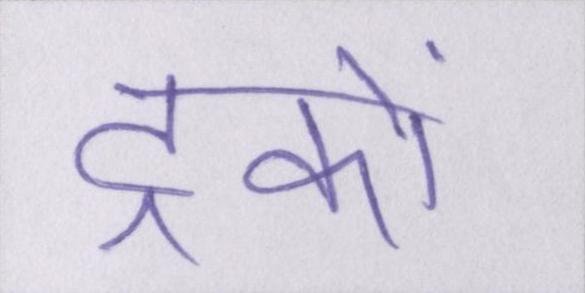
ट्रकों